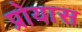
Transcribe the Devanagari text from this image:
प्रोयास